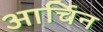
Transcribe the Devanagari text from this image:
आर्चिन